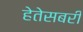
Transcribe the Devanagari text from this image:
हेतेसबरी